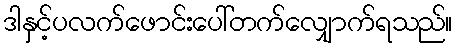
ဒါနှင့်ပလက်ဖောင်းပေါ်တက်လျှောက်ရသည်။